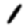
Digit: 1